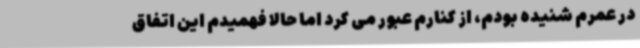
در عمرم شنیده بودم، از کنارم عبور می کرد اما حالا فهمیدم این اتفاق